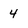
Character: 4